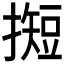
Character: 𢵦